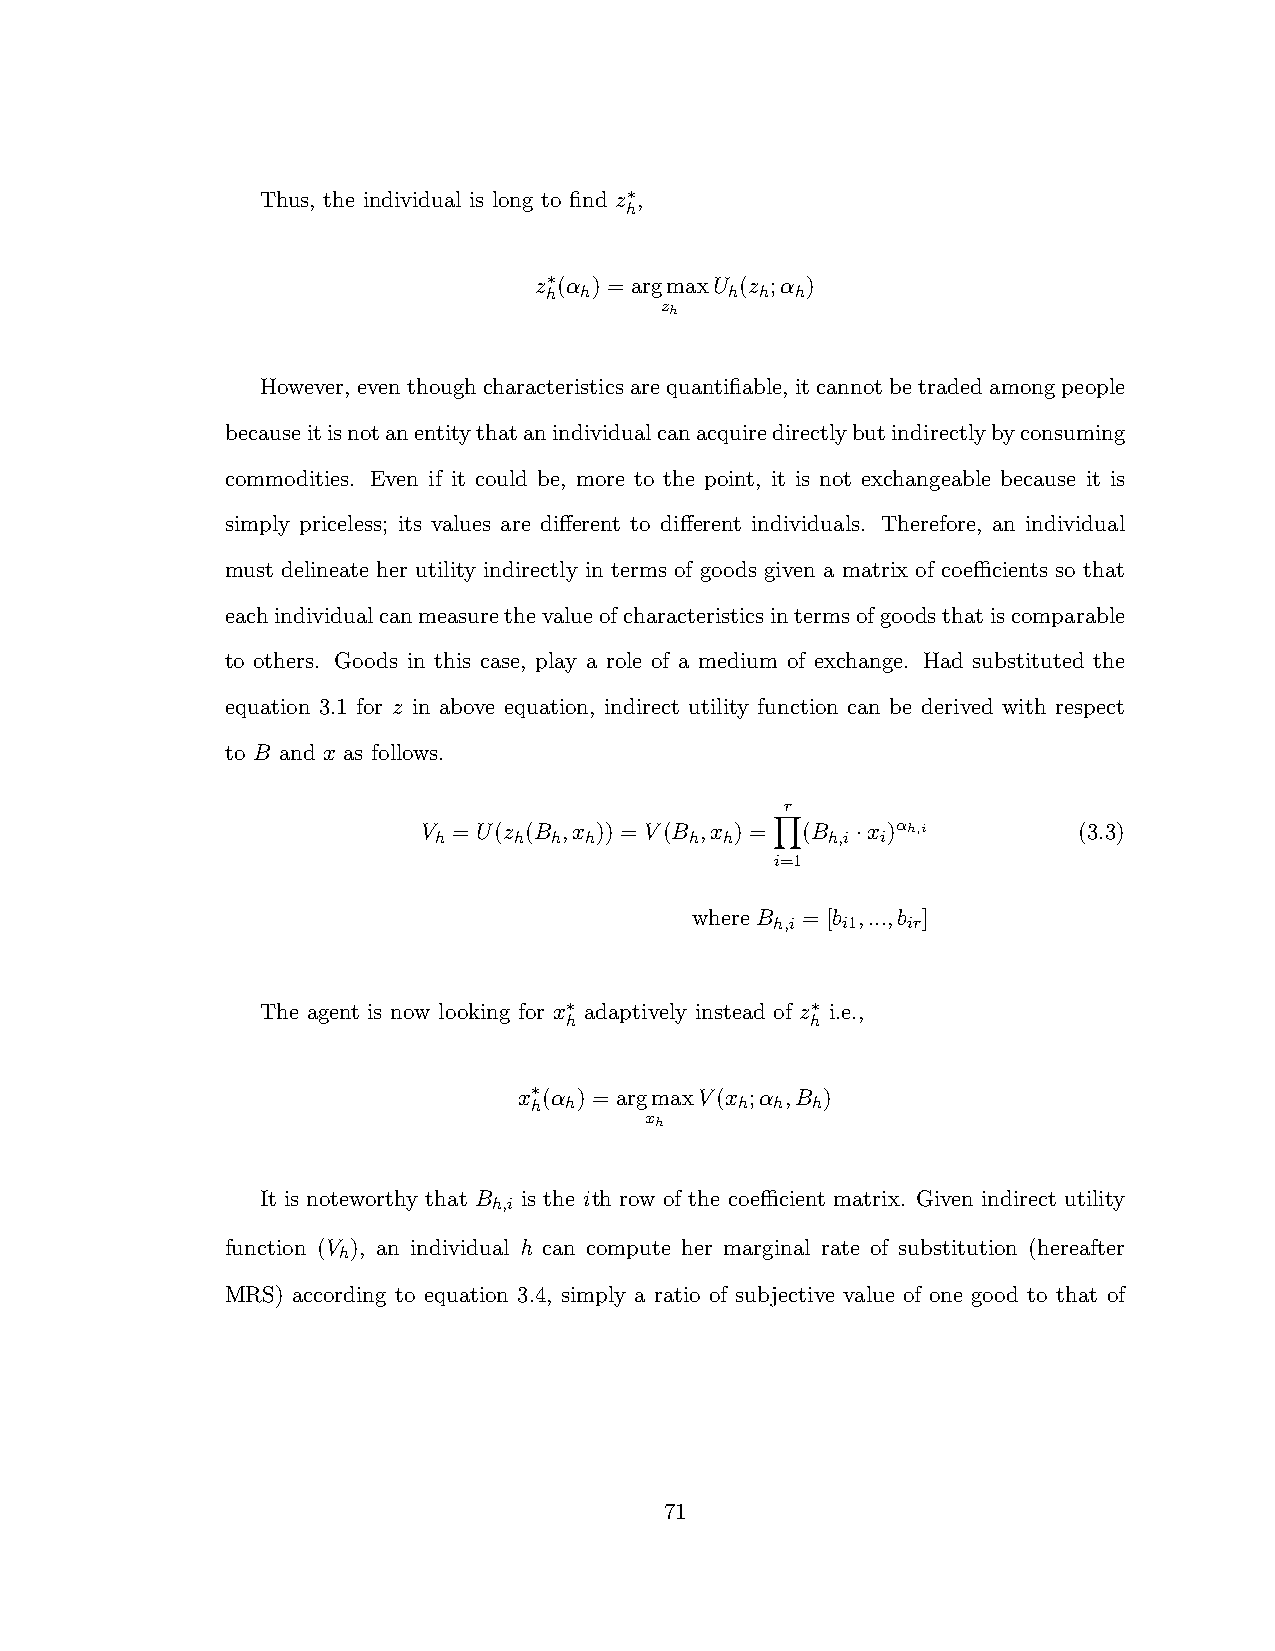
Thus, the individual is long to find z ,
 h⇤
 z (↵ ) = argmaxU (z ;↵ )
 h⇤ h        h h  h
 zh
 However, eventhoughcharacteristicsarequantifiable, itcannotbetradedamongpeople
 becauseitisnotanentitythatanindividualcanacquiredirectlybutindirectlybyconsuming
 commodities. Even if it could be, more to the point, it is not exchangeable because it is
 simply priceless; its values are di↵erent to di↵erent individuals. Therefore, an individual
 must delineate her utility indirectly in terms of goods given a matrix of coecients so that
 eachindividualcanmeasurethevalueofcharacteristicsintermsofgoodsthatiscomparable
 to others. Goods in this case, play a role of a medium of exchange. Had substituted the
 equation 3.1 for z in above equation, indirect utility function can be derived with respect
 to B and x as follows.
 r
 V = U(z (B ,x )) = V(B ,x ) = (B x )↵h,i   (3.3)
 h    h h  h      h h      h,i i
 ·
 i=1
 Y
 where B = [b ,...,b ]
 h,i  i1  ir
 The agent is now looking for x adaptively instead of z i.e.,
 ⇤h               h⇤
 x (↵ ) = argmaxV(x ;↵ ,B )
 ⇤h h          h h  h
 xh
 It is noteworthy that B is the ith row of the coecient matrix. Given indirect utility
 h,i
 function (V ), an individual h can compute her marginal rate of substitution (hereafter
 h
 MRS) according to equation 3.4, simply a ratio of subjective value of one good to that of
 71